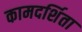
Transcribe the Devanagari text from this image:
कामदर्शिता